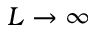
L \rightarrow \infty